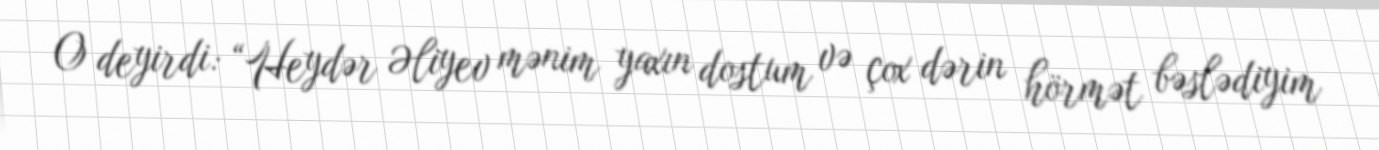
O deyirdi: “Heydər Əliyev mənim yaxın dostum və çox dərin hörmət bəslədiyim